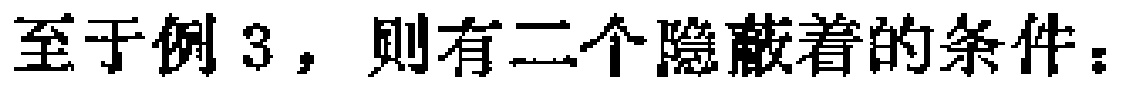
至于例 3，则有二个隐蔽着的条件：